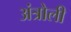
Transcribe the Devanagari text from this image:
अंत्रोली